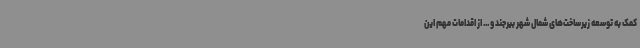
کمک به توسعه زیرساخت‌های شمال شهر بیرجند و ... از اقدامات مهم این